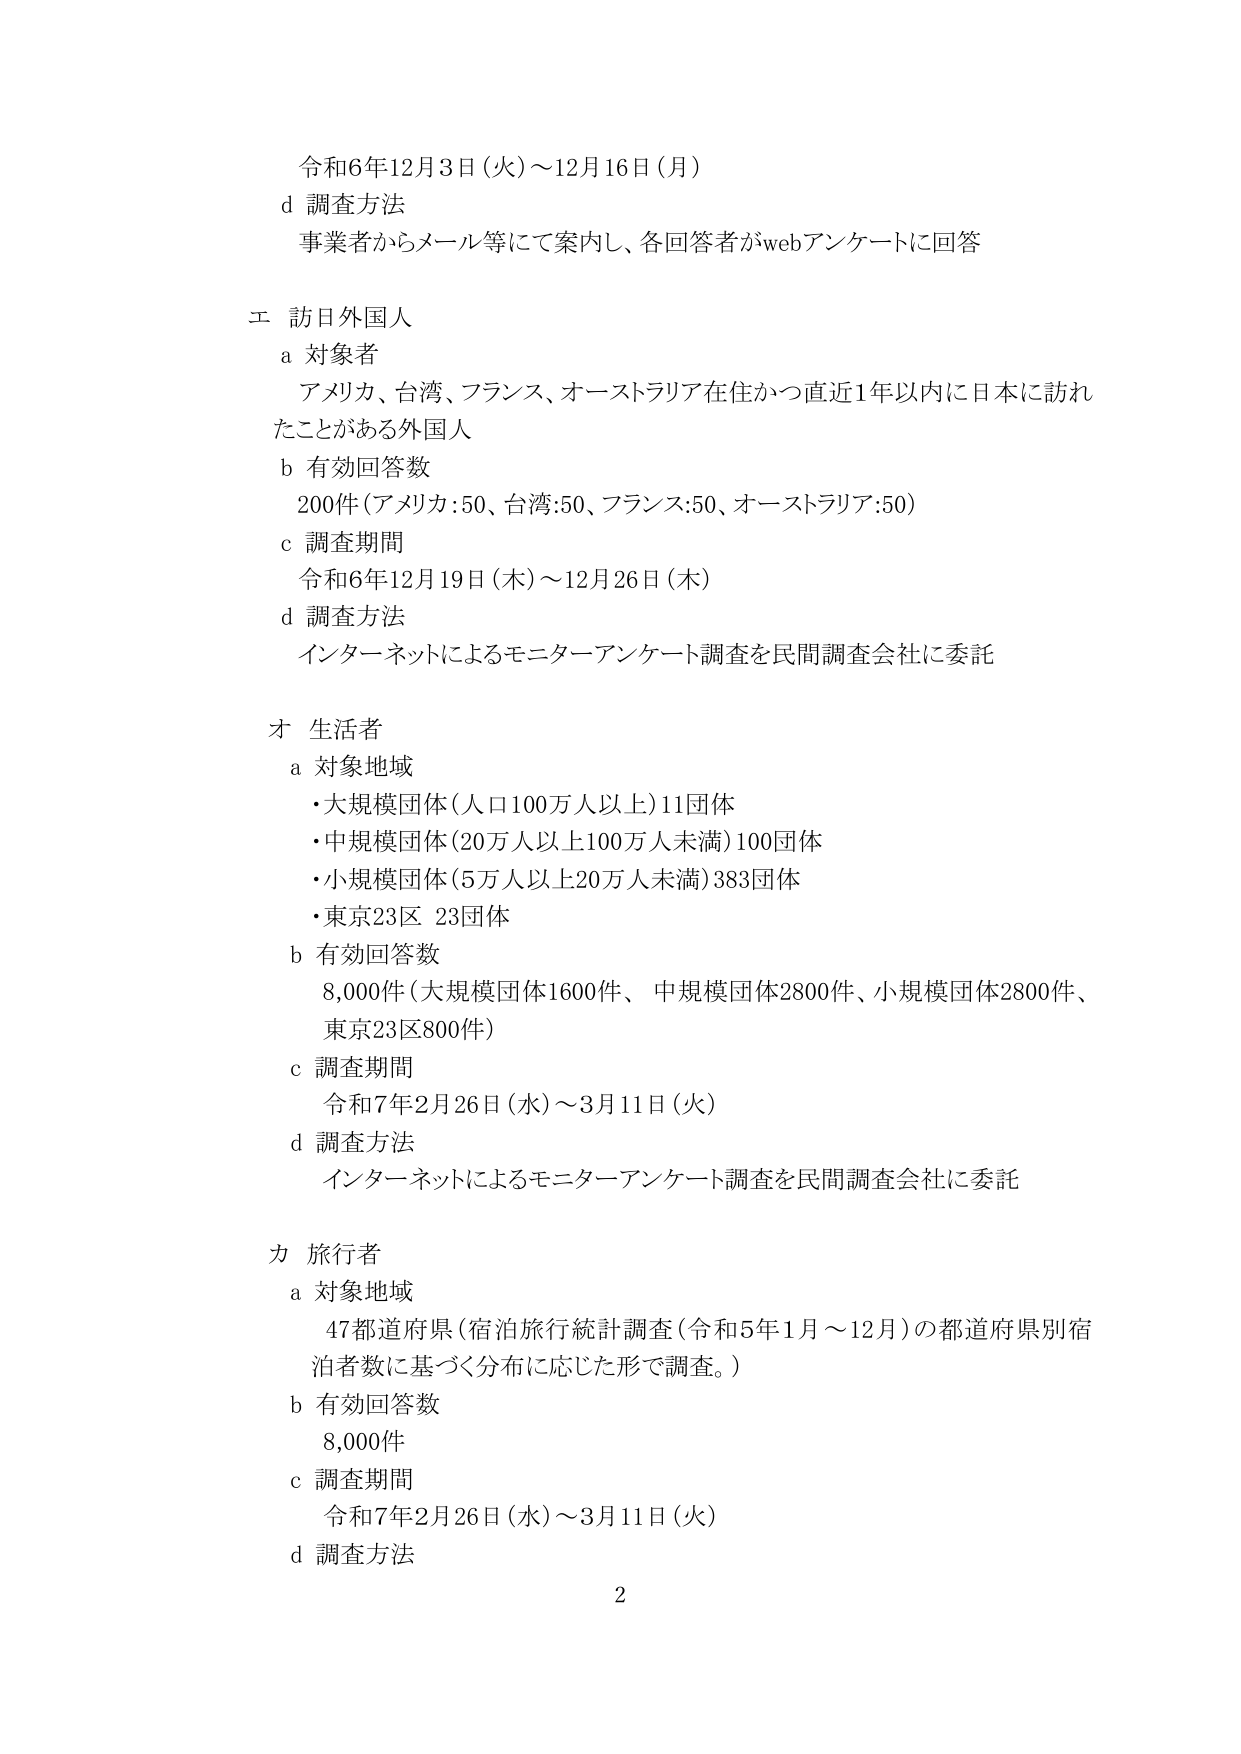
令和6年12月3日（火）～12月16日（月）
d 調査方法
事業者からメール等にて案内し、各回答者がwebアンケートに回答

エ 訪日外国人
a 対象者
アメリカ、台湾、フランス、オーストラリア在住かつ直近1年以内に日本に訪れたことがある外国人
b 有効回答数
200件（アメリカ:50、台湾:50、フランス:50、オーストラリア:50）
c 調査期間
令和6年12月19日（木）～12月26日（木）
d 調査方法
インターネットによるモニターアンケート調査を民間調査会社に委託

オ 生活者
a 対象地域
・大規模団体（人口100万人以上）11団体
・中規模団体（20万人以上100万人未満）100団体
・小規模団体（5万人以上20万人未満）383団体
・東京23区 23団体
b 有効回答数
8,000件（大規模団体1600件、中規模団体2800件、小規模団体2800件、東京23区800件）
c 調査期間
令和7年2月26日（水）～3月11日（火）
d 調査方法
インターネットによるモニターアンケート調査を民間調査会社に委託

カ 旅行者
a 対象地域
47都道府県（宿泊旅行統計調査（令和5年1月～12月）の都道府県別宿泊者数に基づく分布に応じた形で調査。）
b 有効回答数
8,000件
c 調査期間
令和7年2月26日（水）～3月11日（火）
d 調査方法

2